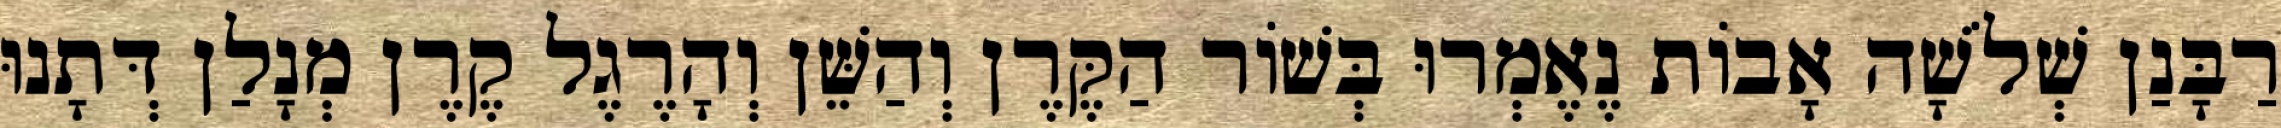
רַבָּנַן שְׁלֹשָׁה אָבוֹת נֶאֶמְרוּ בְּשׁוֹר הַקֶּרֶן וְהַשֵּׁן וְהָרֶגֶל קֶרֶן מְנָלַן דְּתָנוּ